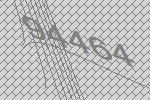
94464